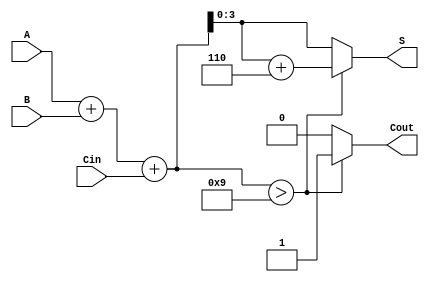
module BCD_Ripple_Carry_Adder (
    input [3:0] A,      // BCD digit A
    input [3:0] B,      // BCD digit B
    input Cin,          // Carry-in
    output reg [3:0] S, // BCD result
    output reg Cout     // Carry-out
);

    wire [4:0] sum;     // 5-bit sum to accommodate carry
    wire correction;     // Correction flag

    // Calculate the initial sum of A, B, and Cin
    assign sum = A + B + Cin;

    // Determine if correction is needed
    assign correction = (sum > 9); // Correction needed if sum > 9

    always @(*) begin
        if (correction) begin
            S = sum + 4'b0110; // Add 6 to correct
            Cout = 1;          // Set carry-out
        end else begin
            S = sum[3:0];      // Use the lower 4 bits
            Cout = 0;          // No carry-out
        end
    end

endmodule